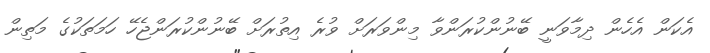
އެކަން އެހެން ދިމާވަނީ ބޭނުންކުރަންވާ މިންވަރަށް ވުރެ އިތުރަށް ބޭނުންކުރަންޖެހޭ ހަމަތަކުގެ މަތިން